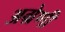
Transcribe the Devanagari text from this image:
अग्रेणी